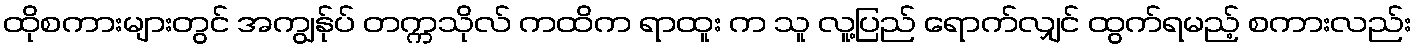
ထိုစကားများတွင် အကျွန်ုပ် တက္ကသိုလ် ကထိက ရာထူး က သူ လူ့ပြည် ရောက်လျှင် ထွက်ရမည့် စကားလည်း